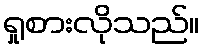
ရှုစားလိုသည်။